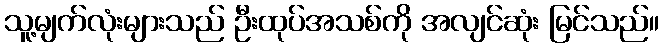
သူ့မျက်လုံးများသည် ဦးထုပ်အသစ်ကို အလျင်ဆုံး မြင်သည်။